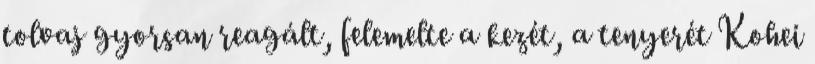
tolvaj gyorsan reagált, felemelte a kezét, a tenyerét Kohei